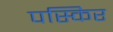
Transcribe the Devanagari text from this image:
पस्किर